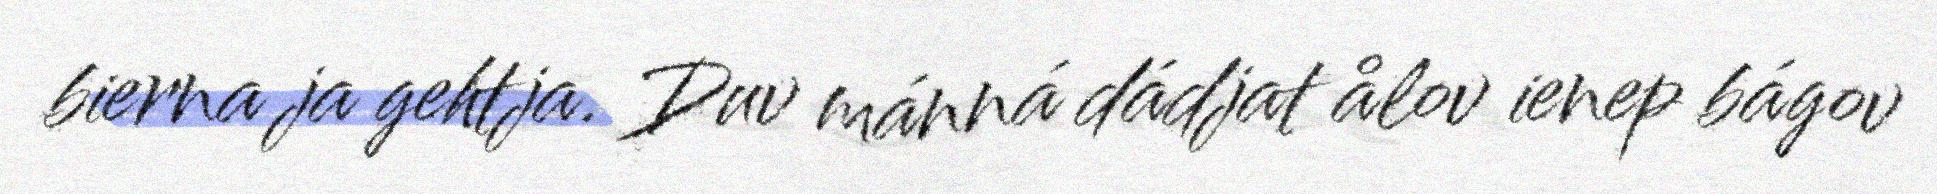
bierna ja gehtja. Duv mánná dádjat ålov ienep bágov